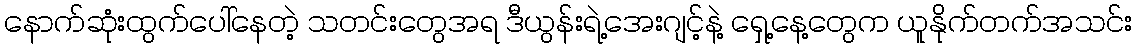
နောက်ဆုံးထွက်ပေါ်နေတဲ့ သတင်းတွေအရ ဒီယွန်းရဲ့အေးဂျင့်နဲ့ ရှေ့နေ့တွေက ယူနိုက်တက်အသင်း